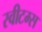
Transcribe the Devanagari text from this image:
स्वीटम्स